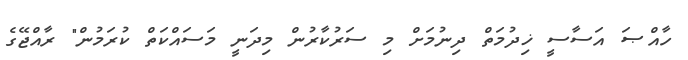
ހާއްޞަ އަސާސީ ޚިދުމަތް ދިނުމަށް މި ސަރުކާރުން މިދަނީ މަސައްކަތް ކުރަމުން" ރާއްޖޭގެ